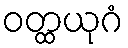
ဝတ္ထယုဂံ